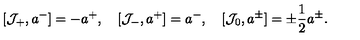
[ { \cal J } _ { + } , a ^ { - } ] = - a ^ { + } , \quad [ { \cal J } _ { - } , a ^ { + } ] = a ^ { - } , \quad [ { \cal J } _ { 0 } , a ^ { \pm } ] = \pm \frac { 1 } { 2 } a ^ { \pm } .